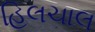
હિલચાલ